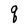
Character: q